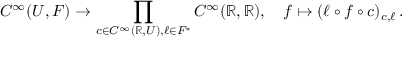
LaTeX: C ^ { \infty } ( U , F ) \to \prod _ { c \in C ^ { \infty } ( \mathbb { R } , U ) , \ell \in F ^ { * } } C ^ { \infty } ( \mathbb { R } , \mathbb { R } ) , \quad f \mapsto ( \ell \circ f \circ c ) _ { c , \ell } \, .